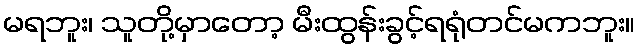
မရဘူး၊ သူတို့မှာတော့ မီးထွန်းခွင့်ရရုံတင်မကဘူး။